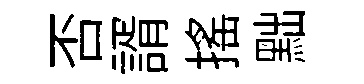
否諝搖黜